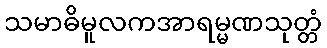
သမာဓိမူလကအာရမ္မဏသုတ္တံ